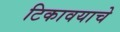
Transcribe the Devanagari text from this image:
टिकावयाचे